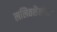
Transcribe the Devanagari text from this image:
ललितशैलीचा